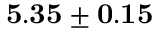
{ \bf 5 . 3 5 \pm 0 . 1 5 }